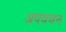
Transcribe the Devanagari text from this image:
अपयचन